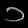
Digit: ၁